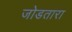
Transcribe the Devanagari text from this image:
जोडतारा